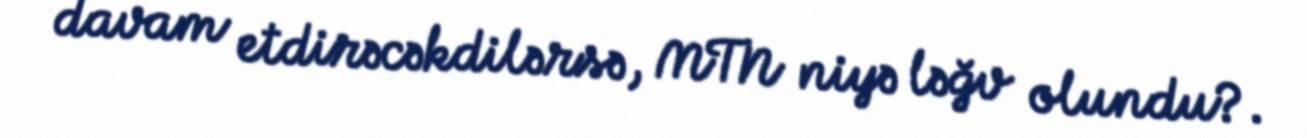
davam etdirəcəkdilərsə, MTN niyə ləğv olundu?.